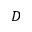
D